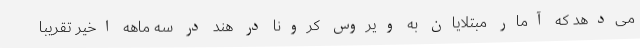
می‌دهد که آمار مبتلایان به ویروس کرونا در هند در سه ماهه اخیر تقریبا